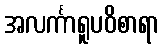
အလင်္ကာရူပဝိစာရာ